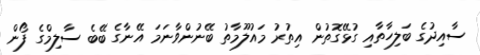
ސާއިދުގެ ބަލިހާތާއި ގުޅޭގޮތުން އިތުރު މައުލޫމާތު ބޭނުންވާނަމަ އޭނާގެ ބޭބެ ސާލިމްގެ ފޯން